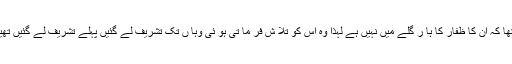
مگر انہو ں نے دیکھا کہ ان کا ظفار کا ہا ر گلے میں نہیں ہے لہذا وہ اس کو تلا ش فر ما تی ہو ئی وہا ں تک تشریف لے گئیں پہلے تشریف لے گئیں تھیں،وہا ں وہ مل گیا ۔